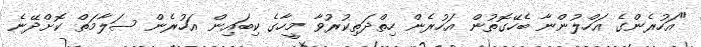
"އަހުރެންގެ އަހްލުންނާ ބެހޭގޮތުން އަހުރެން ހިތްދަތިކުރުވާ މީހާގެ ކިބައިން އަހުރެން ސަލާމަތް ކޮށްދޭނެ